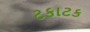
ટકાટક